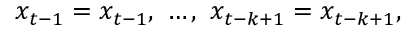
x _ { t - 1 } = x _ { t - 1 } , \ \dots , \ x _ { t - k + 1 } = x _ { t - k + 1 } ,